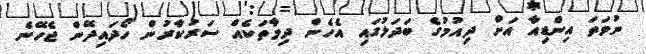
ނުވަތަ އިންޑިއާ އަށް ދިއުމުގެ ބަދަލުގައި އެހެން ދިމާތަކެއް ސަރުކާރުން ހޯދައިދޭން ޖެހޭނެ